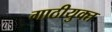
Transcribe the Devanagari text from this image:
गाठीयुक्त